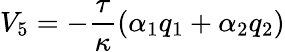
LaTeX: V_{5}=-\frac{\tau}{\kappa}\left(\alpha_{1}q_{1}+\alpha_{2}q_{2}\right)